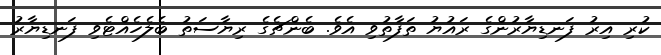
ކުރި އިރު ފަނޑިޔާރުންގެ ރައުޔު ތަފާތުވި އެވެ. ބެންޗެގެ ރިޔާސަތު ބެލެހެއްޓެވި ފަނޑިޔާރު